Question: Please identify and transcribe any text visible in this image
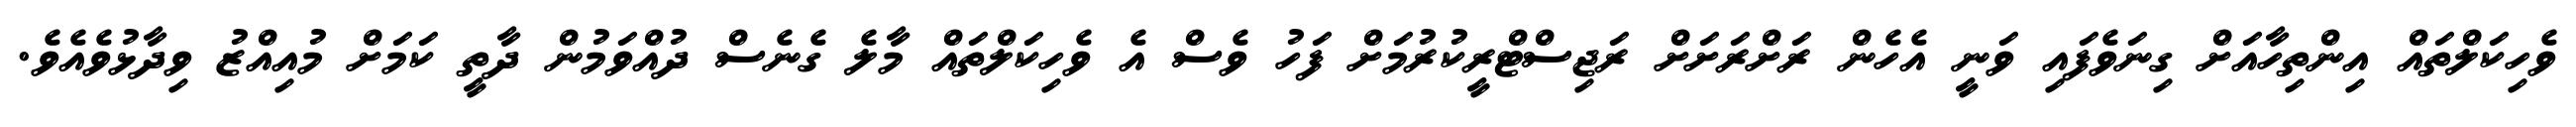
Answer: ވެހިކަލްތައް އިންތިހާއަށް ގިނަވެފައި ވަނީ އެހެން ރަށްރަށަށް ރަޖިސްޓްރީކުރުމަށް ފަހު ވެސް އެ ވެހިކަލްތައް މާލެ ގެނެސް ދުއްވަމުން ދާތީ ކަމަށް މުއިއްޒު ވިދާޅުވެއެވެ.